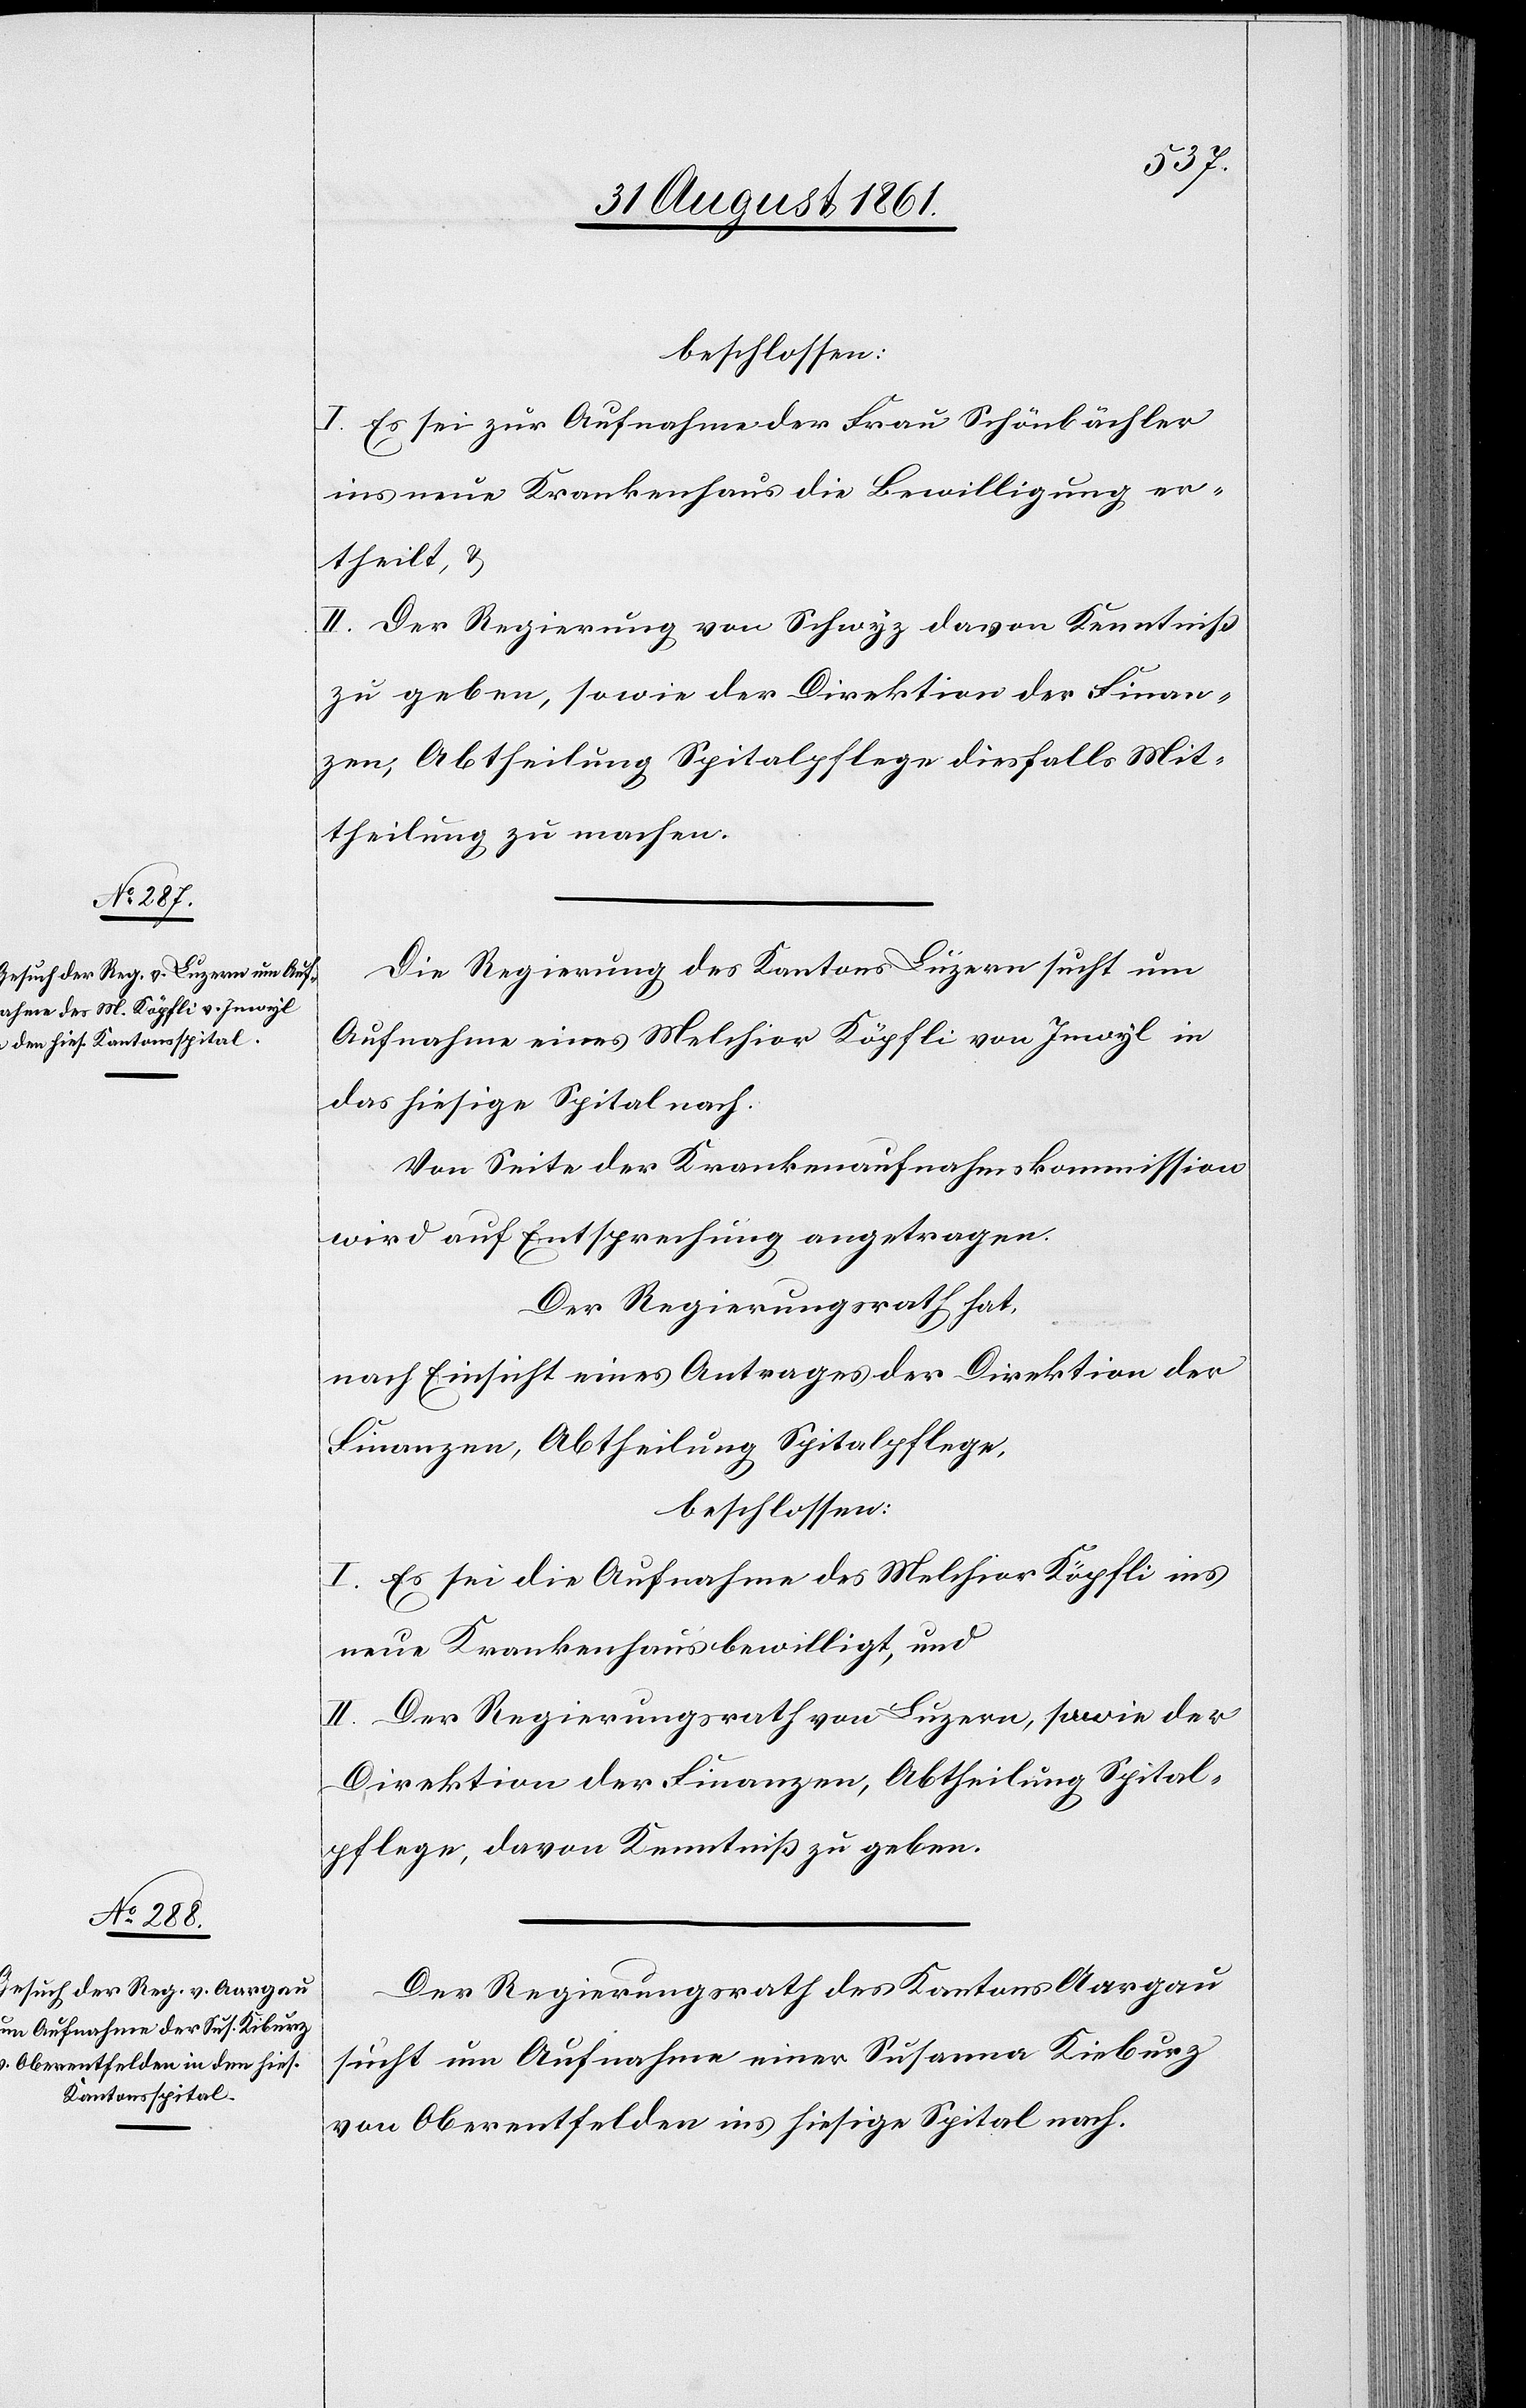
beschlossen:
I. Es sei zur Aufnahme der Frau Schönbächler
ins neue Krankenhaus die Bewilligung er¬
theilt, u.
II. Der Regierung von Schwyz davon Kenntniß
zu geben, sowie der Direktion der Finan¬
zen, Abtheilung Spitalpflege diesfalls Mit¬
theilung zu machen.
Die Regierung des Kantons Luzern sucht um
Aufnahme eines Melchior Köpfli von Inwyl in
das hiesige Spital nach:
Von Seite der Krankenaufnahmskommission
wird auf Entsprechung angetragen.
Der Regierungsrath hat,
nach Einsicht eines Antrages der Direktion der
beschlossen:
I. Es sei die Aufnahme des Melchior Köpfli ins
neue Krankenhaus bewilligt, und
II. Der Regierungsrath von Luzern, sowie der
Direktion der Finanzen, Abtheilung Spital¬
pflege, davon Kenntniß zu geben.
Der Regierungsrath des Kantons Aargau
sucht um Aufnahme einer Susanna Kieburz
von Oberentfelden ins hiesige Spital nach.